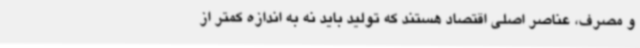
و مصرف، عناصر اصلی اقتصاد هستند که تولید باید نه به اندازه کمتر از